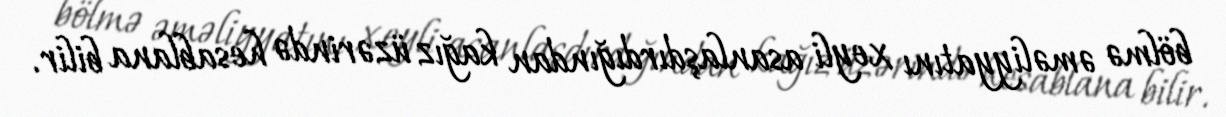
bölmə əməliyyatını xeyli asanlaşdırdığından kağız üzərində hesablana bilir.